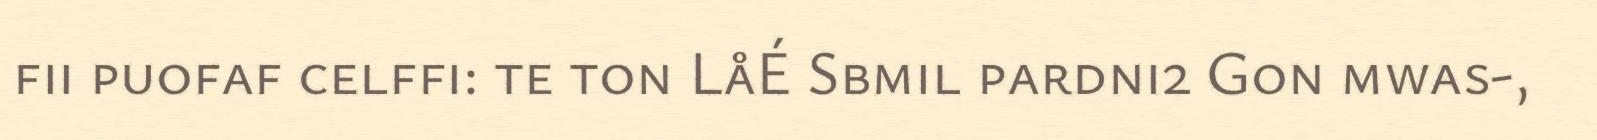
fii puofaf celffi: te ton LåÉ Sbmil pardni2 Gon mwas-,